38_143685_box7_Incident_Summaries_1-100
Agency: Department of War
Page 205
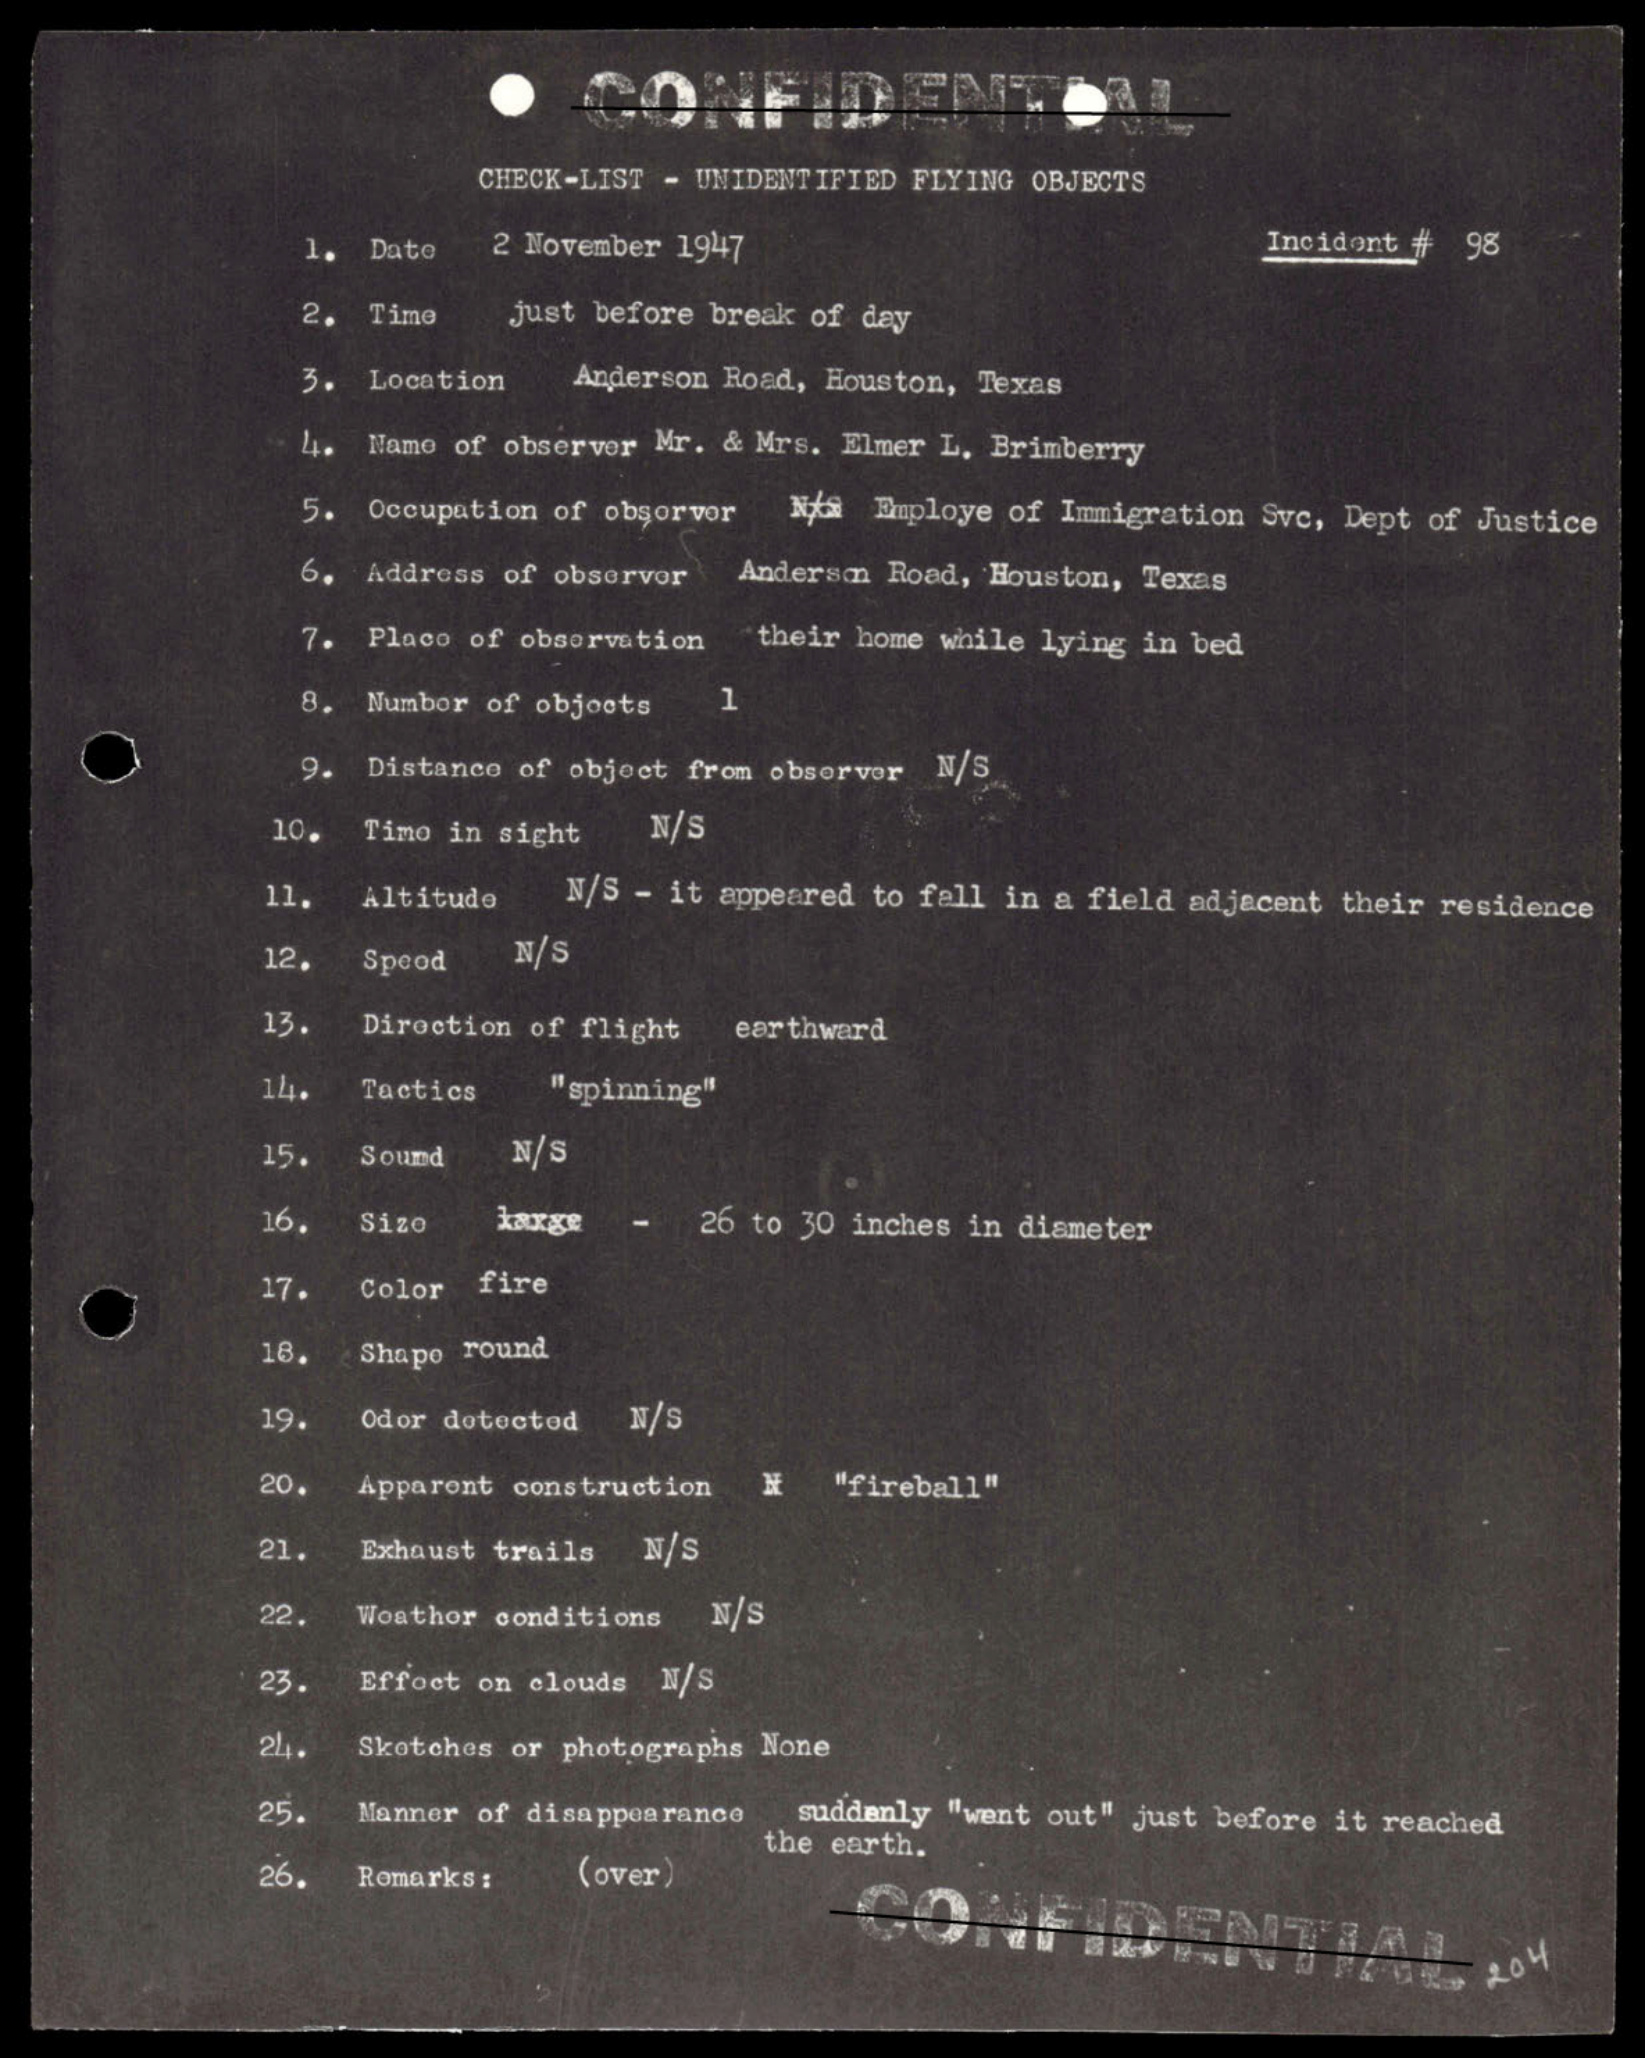